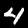
Digit: 4